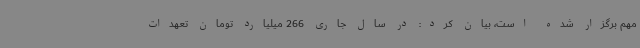
مهم برگزار شده است، بیان کرد: در سال جاری 266 میلیارد تومان تعهدات